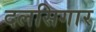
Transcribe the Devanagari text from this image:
दलसिगार